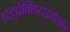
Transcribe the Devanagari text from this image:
हाइड्रोक्सिटाइरोसॉल